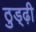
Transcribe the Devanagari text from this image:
ठुड्ढ़ी